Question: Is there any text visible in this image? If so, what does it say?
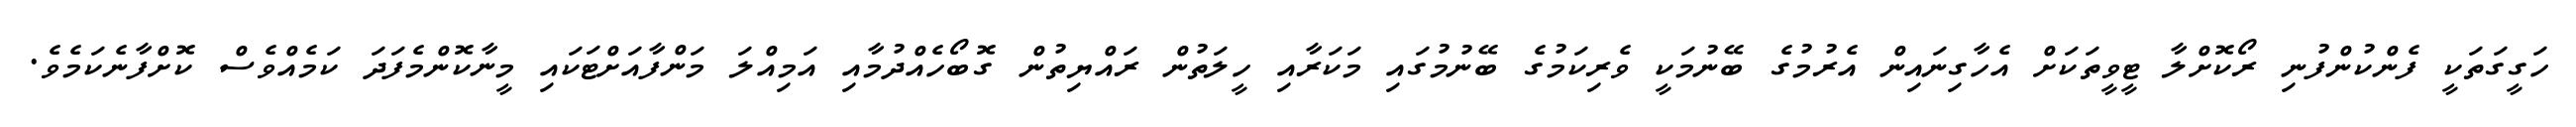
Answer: ހަގީގަތަކީ ފެންކުންފުނި ރޯކޮށްލާ ޓީވީތަކަށް އެހާގިނައިން އެރުމުގެ ބޭނުމަކީ ވެރިކަމުގެ ބޭނުމުގައި މަކަރާއި ހީލަތުން ރައްޔިތުން ގޮބޯހެއްދުމާއި އަމިއްލަ މަންފާއަށްޓަކައި މީނާކޮންމެފަދަ ކަމެއްވެސް ކޮށްފާނެކަމެވެ.